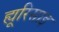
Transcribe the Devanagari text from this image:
ह्यूरिसाइ